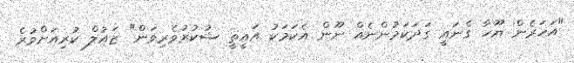
"އަހަރެން ޔޫހާ ގެނައީ ގަދަކަމުންނެއް ނޫން އެކަމަކު އައީތީ ޝުކުރުވެރިވަން" ޒައުލް ކުރިއަށްވުރެ